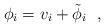
LaTeX: \begin{align*}\phi_i=v_i+\tilde{\phi}_i~~, \end{align*}